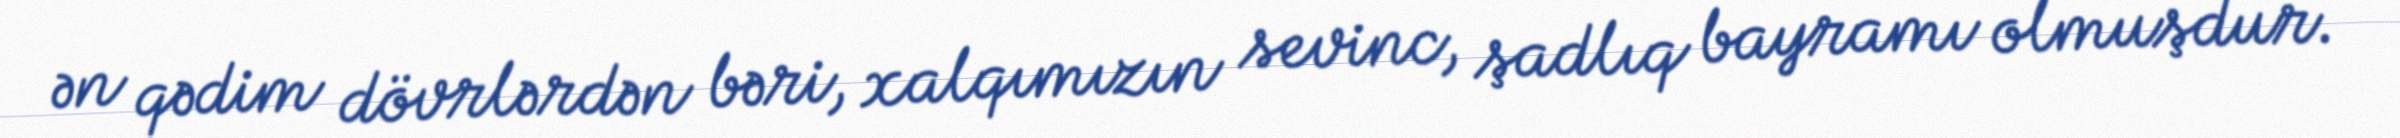
ən qədim dövrlərdən bəri, xalqımızın sevinc, şadlıq bayramı olmuşdur.